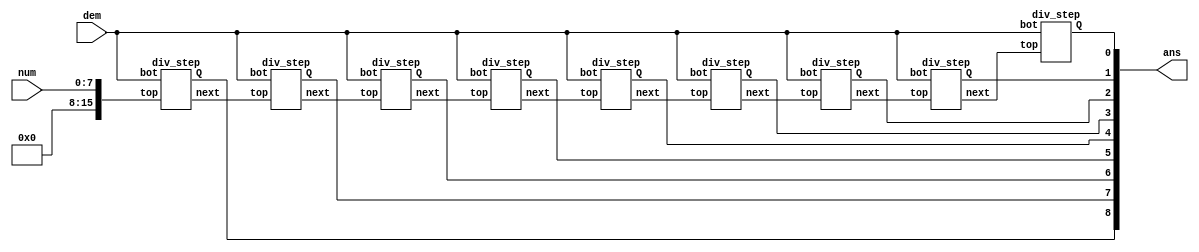
module divide (
  input [7:0] num,
  input [7:0] dem,
  output [8:0] ans
);

wire [15:0] next7, next6, next5, next4, next3, next2, next1, next0;

div_step d8 ({8'h00, num}, dem, ans[8], next7);
div_step d7 (next7, dem, ans[7], next6);
div_step d6 (next6, dem, ans[6], next5);
div_step d5 (next5, dem, ans[5], next4);
div_step d4 (next4, dem, ans[4], next3);
div_step d3 (next3, dem, ans[3], next2);
div_step d2 (next2, dem, ans[2], next1);
div_step d1 (next1, dem, ans[1], next0);
div_step d0 (next0, dem, ans[0], );

endmodule

module div_step (
  input [15:0] top,
  input [7:0] bot,
  output reg Q,
  output reg [15:0] next
);

wire [15:0] diff = top - bot;

always @(*) begin
  Q = 1'b0;
  next = top << 1;
  if (top >= bot) begin
    Q = 1'b1;
    next = {diff[13:0], 1'b0};
  end
end

endmodule